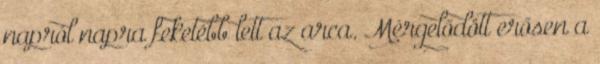
napról napra feketébb lett az arca. Mérgelődött erősen a